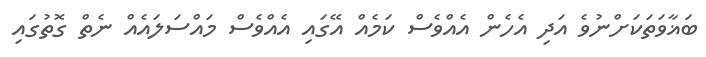
ބަޣާވަތަކަށްނުވެ އަދި އެހެން އެއްވެސް ކަމެއް އޭގައި އެއްވެސް މައްސަލައެއް ނެތް ގޮތުގައި